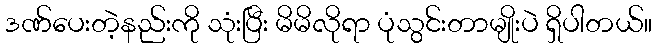
ဒဏ်ပေးတဲ့နည်းကို သုံးပြီး မိမိလိုရာ ပုံသွင်းတာမျိုးပဲ ရှိပါတယ်။